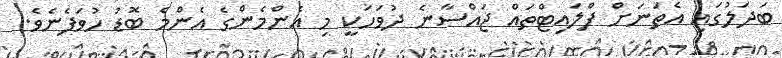
ބަދަލުގައި އެތަނަށް ފްލައިޓްތައް ޖައްސާނެ ދުވަހަކީ މި އެންމެންގެ އެންމެ ބޮޑު ހުވަފެނެވެ.